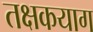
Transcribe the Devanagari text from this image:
तक्षकयाग